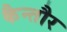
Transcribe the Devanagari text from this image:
कैन्तौर